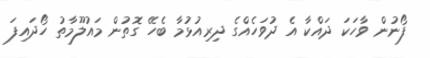
ފޯނުން ވާހަކަ ދައްކާ އެ ދުވަހެއްގެ ދިރިއުޅުމާ ބެހޭ ގޮތުން މައުލޫމާތު ހޯދައިފަ